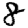
Digit: 8